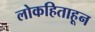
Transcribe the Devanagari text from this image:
लोकहिताहून